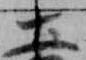
土